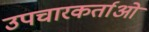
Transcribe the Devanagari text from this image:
उपचारकर्ताओं